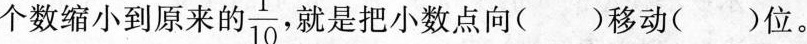
个数缩小到原来的 $$\frac{1}{10}$$ ， 就是把小数点向( )移动( )位。